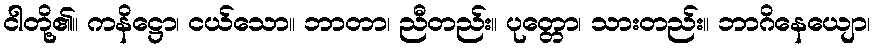
ငါတို့၏။ ကနိဋ္ဌော၊ ငယ်သော။ ဘာတာ၊ ညီတည်း။ ပုတ္တော၊ သားတည်း။ ဘာဂိနေယျော၊